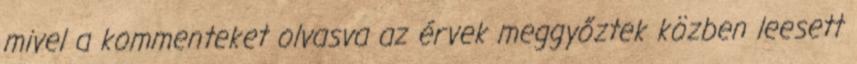
mivel a kommenteket olvasva az érvek meggyőztek közben leesett